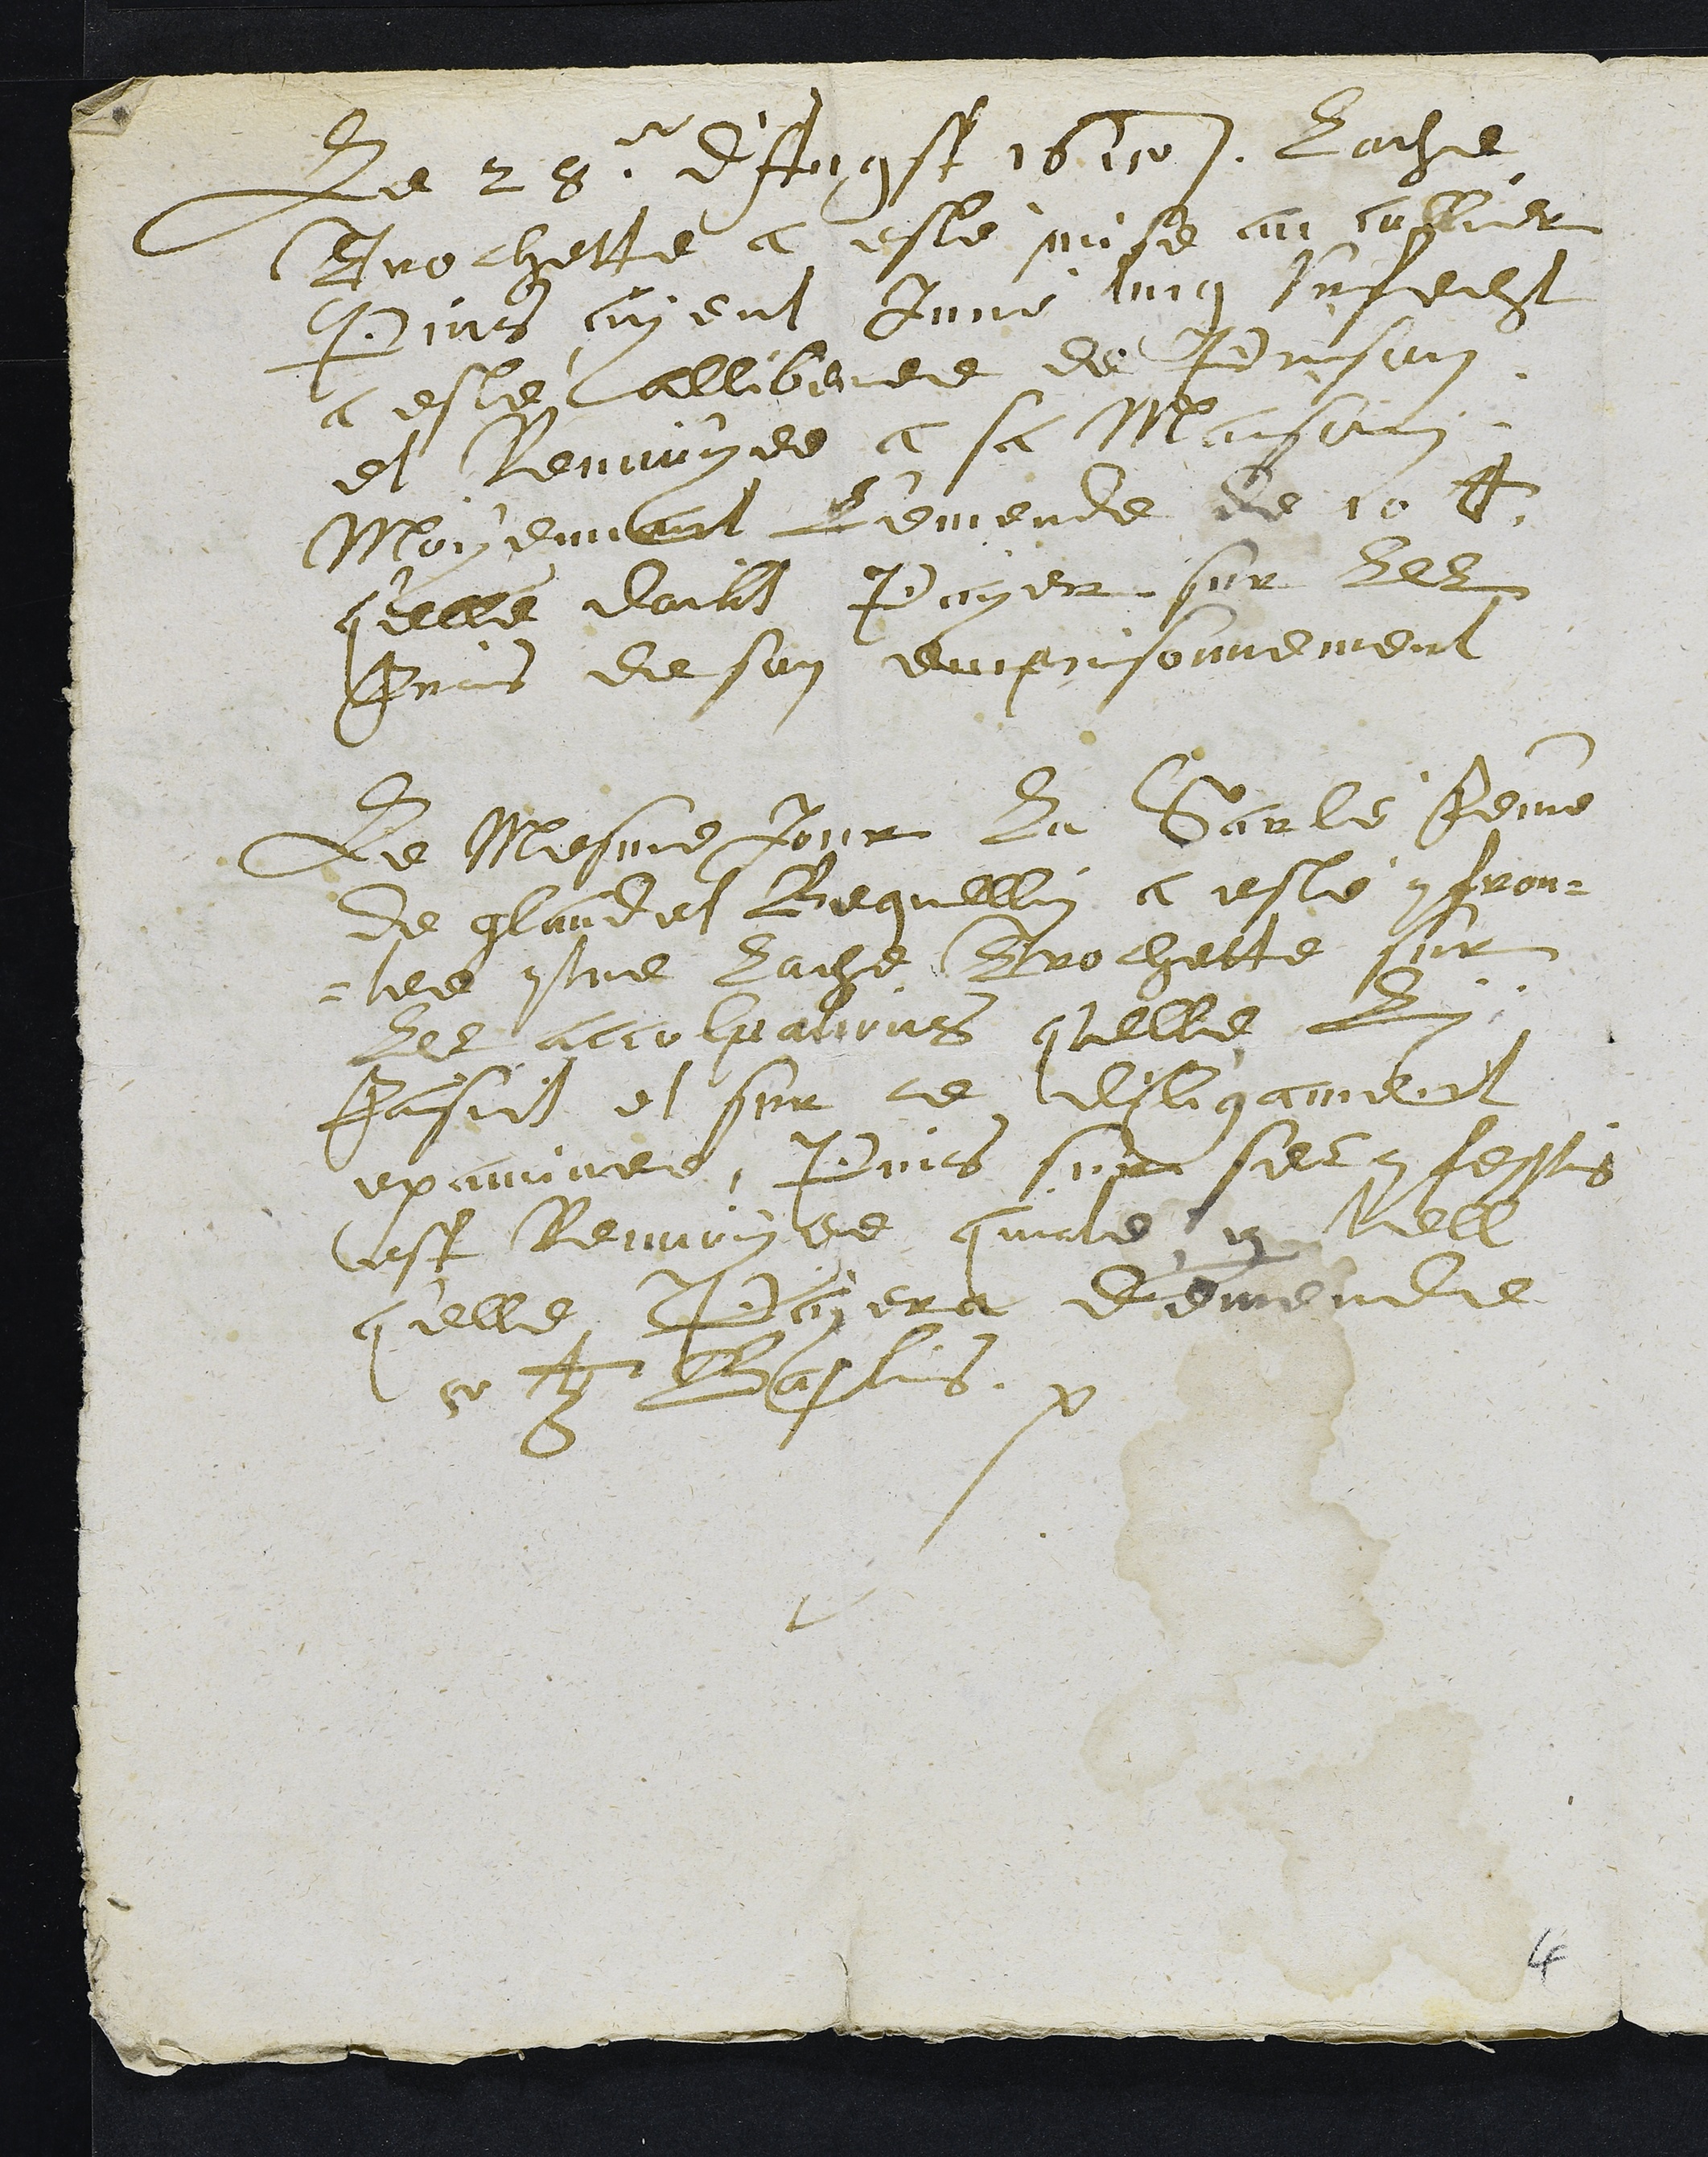
Le 28e dAugst 1615. Ladite
Trochette a este mise au collier
Puis ayent Juré ung Vrfecht
a esté alliberee de Prison
et Renvoyee a sa Maison
Moyennant l'emende de 10 lb
q'elle doibt Payer sur les
frais de son emprisonnement
Le Mesme Jour la Sarle femme
de glaudet Beguellin a esté confron¬
tee contre ladite Trochette sur
les acculpations q'elle luy
faisoit et sur ce diligament
examinée, Puis sur ses confessions
est Renvoyee quicte par tell
q'elle Payera demende
xv lb Baslois
4